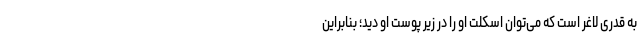
به قدری لاغر است که می‌توان اسکلت او را در زیر پوست او دید؛ بنابراین